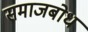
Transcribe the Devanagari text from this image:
समाजबोध